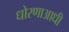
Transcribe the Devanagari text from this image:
धोरणाआधी